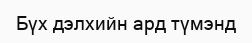
Бүх дэлхийн ард түмэнд